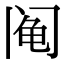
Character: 阄